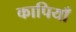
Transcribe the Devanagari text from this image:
कापियाँ